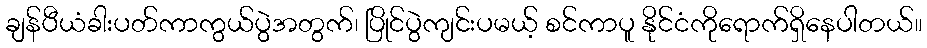
ချန်ပီယံခါးပတ်ကာကွယ်ပွဲအတွက်၊ ပြိုင်ပွဲကျင်းပမယ့် စင်ကာပူ နိုင်ငံကိုရောက်ရှိနေပါတယ်။